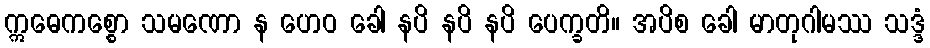
ဣဓေကစ္စော သမဏော န ဟေဝ ခေါ နပိ နပိ နပိ ပေက္ခတိ။ အပိစ ခေါ မာတုဂါမဿ သဒ္ဒံ